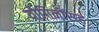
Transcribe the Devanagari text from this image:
योगिनींसह